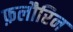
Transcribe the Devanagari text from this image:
फ़लौरिन